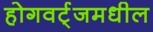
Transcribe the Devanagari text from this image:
होगवर्ट्‌जमधील